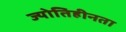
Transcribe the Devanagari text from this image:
ज्योतिहीनता